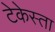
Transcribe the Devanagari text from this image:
टेकेस्ता